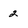
Character: 2